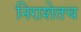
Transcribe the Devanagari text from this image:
निराशेतच